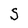
Character: S